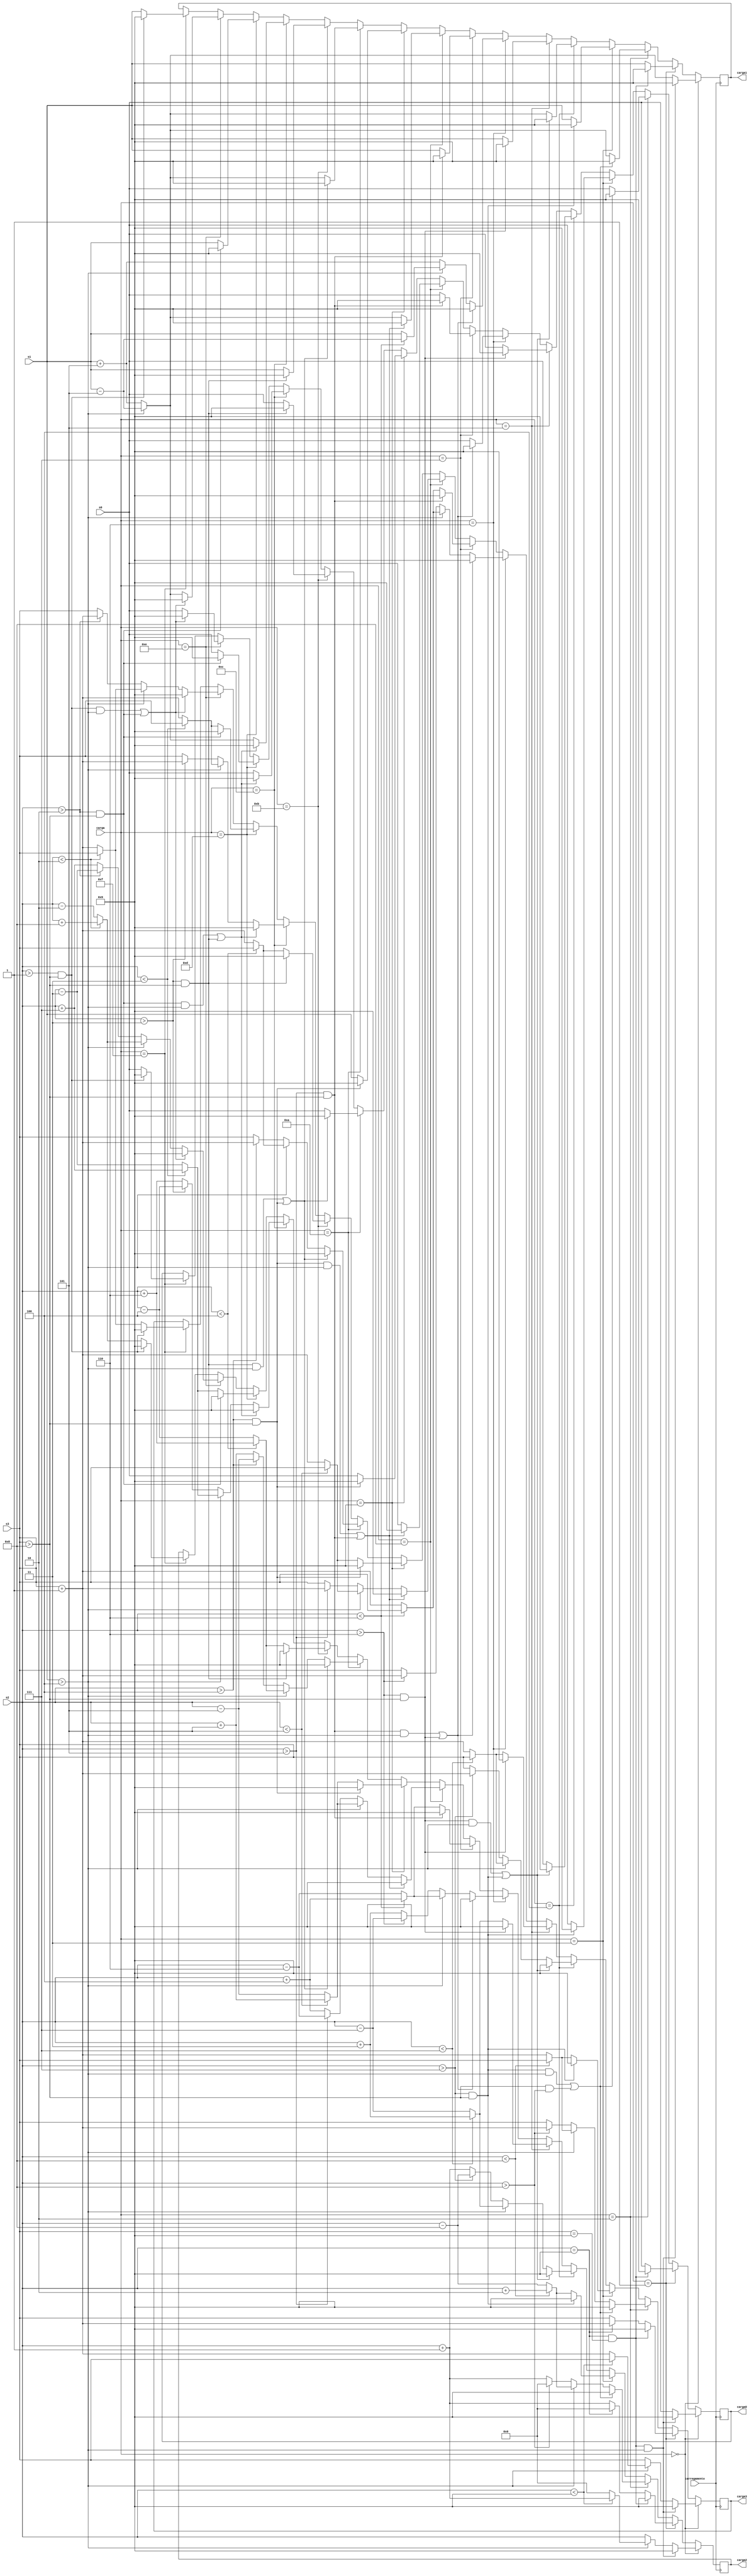
module chargin(carregamento,carga,carga0,carga1,carga2,carga3,s0,s1,s2,s3); //carga é a carga das chaves
	input [3:0] s0,s1,s2,s3,carga;
	output [3:0] carga0,carga1,carga2,carga3;
	input carregamento; 
		always @(posedge carregamento)
		begin
			if(carga==4'd0)
			begin
				if((s2==4'd9)&&(s3==4'd9)&&(s1>4'd4))
				begin
					carga0=4'd9;
					carga1=4'd9;
					carga2=4'd9;
					carga3=4'd9;
				end
				else
				begin
					if(s1>4'd4)
					begin
						carga1=s1-4'd5;
						if(s2<4'd9)
							begin
							carga0=s0;
							carga2=s2+4'd1;
							carga3=s3;
							end
						else
						begin
							carga0=s0;
							carga2=4'd0;
							carga3=s3+1;
						end 
					end
					
					else
					begin
						carga0=s0;
						carga1=s1+5;
						carga2=s2;
						carga3=s3;
					end
				end
			end
			else if(carga==4'd1)
			begin
				if((s2==4'd9)&&(s3==4'd9))
				begin
					carga0=4'd9;
					carga1=4'd9;
					carga2=4'd9;
					carga3=4'd9;
				end
				else
				begin
					if(s2==4'd9)
					begin
						carga1=s1;
						carga0=s0;
						carga2=4'd0;
						carga3=s3+4'd1;
					end
					else
					begin
						carga0=s0;
						carga1=s1;
						carga2=s2+1;
						carga3=s3;
					end 
				end
			end
			else if(carga==4'd2)
			begin
				if(((s2>4'd7)&&(s3>4'd8)&&(s1>4'd4))||(s3>8)&&(s2>8))
				begin
					carga0=4'd9;
					carga1=4'd9;
					carga2=4'd9;
					carga3=4'd9;
				end
				else
				begin
					if(s1>4'd4)
					begin
						carga1=s1-4'd5;
						if(s2<4'd8)
						begin
							carga0=s0;
							carga2=s2+4'd2;
							carga3=s3;
						end
						else
						begin
							carga0=s0;
							carga2=s2-4'd8;
							carga3=s3+1;
						end 
					end
				
					else
					begin
						if(s2>4'd8)
						begin
							carga0=s0;
							carga1=s1+5;
							carga2=4'd0;
							carga3=s3+1;
						end
						else
							begin
							carga0=s0;
							carga1=s1+5;
							carga2=s2+1;
							carga3=s3;
							end
					end
				end
			end
			else if(carga==4'd3)
			begin
				if((s2>4'd7)&&(s3>4'd8))
				begin
					carga0=4'd9;
					carga1=4'd9;
					carga2=4'd9;
					carga3=4'd9;
				end
				else
				begin
					if(s2<4'd8)
					begin
						carga0=s0;
						carga1=s1;
						carga2=s2+4'd2;
						carga3=s3;
					end
					else
					begin
						carga0=s0;
						carga1=s1;
						carga2=s2-4'd8;
						carga3=s3+1;
					end 
				end
			end
			else if(carga==4'd4)
			begin
				if((s2>4'd6)&&(s3>4'd8)&&(s1>4'd4)||(s3>4'd8)&&(s2>4'd7))
				begin
					carga0=4'd9;
					carga1=4'd9;
					carga2=4'd9;
					carga3=4'd9;
				end
				else
				begin
					if(s1>4'd4)
					begin
						carga1=s1-4'd5;
						if(s2<4'd7)
							begin
							carga0=s0;
							carga2=s2+4'd3;
							carga3=s3;
							end
						else
						begin
							carga0=s0;
							carga2=s2-4'd7;
							carga3=s3+1;
						end 
					end
				
					else
					begin
						if(s2>4'd7)
						begin
							carga0=s0;
							carga1=s1+5;
							carga2=s2-4'd8;
							carga3=s3+1;
						end
						else
							begin
							carga0=s0;
							carga1=s1+5;
							carga2=s2+1;
							carga3=s3;
							end
					end
				end
			end
			else if(carga==4'd5)
			begin
				if((s2>4'd6)&&(s3>4'd8))
				begin
					carga0=4'd9;
					carga1=4'd9;
					carga2=4'd9;
					carga3=4'd9;
				end
				else
				begin
					if(s2<4'd7)
					begin
						carga0=s0;
						carga1=s1;
						carga2=s2+4'd3;
						carga3=s3;
					end
					else
					begin
						carga0=s0;
						carga1=s1;
						carga2=s2-4'd7;
						carga3=s3+1;
					end 
				end
			end	
			else if(carga==4'd6)
			begin
				if((s2>4'd5)&&(s3>4'd8)&&(s1>4'd4)||(s3>4'd8)&&(s2>4'd6))
				begin
					carga0=4'd9;
					carga1=4'd9;
					carga2=4'd9;
					carga3=4'd9;
				end
				else
				begin
					if(s1>4'd4)
					begin
						carga1=s1-4'd5;
						if(s2<4'd6)
							begin
							carga0=s0;
							carga2=s2+4'd4;
							carga3=s3;
							end
						else
						begin
							carga0=s0;
							carga1=s1;
							carga2=s2-4'd6;
							carga3=s3+1;
						end 
					end
				
					else
					begin
						if(s2>4'd6)
						begin
							carga0=s0;
							carga1=s1+5;
							carga2=s2-4'd7;
							carga3=s3+1;
						end
						else
							begin
							carga0=s0;
							carga1=s1+5;
							carga2=s2+3;
							carga3=s3;
							end
					end
				end
			end	
			
			else if(carga==4'd7)
			begin
				if((s2>4'd5)&&(s3>4'd8))
				begin
					carga0=4'd9;
					carga1=4'd9;
					carga2=4'd9;
					carga3=4'd9;
				end
				else
				begin
					if(s2<4'd6)
					begin
						carga0=s0;
						carga1=s1;
						carga2=s2+4'd4;
						carga3=s3;
					end
					else
					begin
						carga0=s0;
						carga1=s1;
						carga2=s2-4'd6;
						carga3=s3+1;
					end 
				end
			end		
			else if(carga==4'd8)
			begin
				if((s2>4'd4)&&(s3>4'd8)&&(s1>4'd4)||(s3>4'd8)&&(s2>4'd5))
				begin
					carga0=4'd9;
					carga1=4'd9;
					carga2=4'd9;
					carga3=4'd9;
				end
				else
				begin
					if(s1>4'd4)
					begin
						carga1=s1-4'd5;
						if(s2<4'd5)
						begin
							carga0=s0;
							carga2=s2+4'd5;
							carga3=s3;
						end
						else
						begin
							carga0=s0;
							carga2=s2-4'd5;
							carga3=s3+1;
						end 
					end
				
					else
					begin
						if(s2>4'd5)
						begin
							carga0=s0;
							carga1=s1+5;
							carga2=s2-4'd6;
							carga3=s3+1;
						end
						else
							begin
							carga0=s0;
							carga1=s1+5;
							carga2=s2+4;
							carga3=s3;
							end
					end
				end
			end
			else if(carga==4'd9)
			begin
				if((s2>4'd4)&&(s3>4'd8))
				begin
					carga0=4'd9;
					carga1=4'd9;
					carga2=4'd9;
					carga3=4'd9;
				end
				else
				begin
					if(s2<4'd5)
					begin
						carga0=s0;
						carga1=s1;
						carga2=s2+4'd5;
						carga3=s3;
					end
					else
					begin
						carga0=s0;
						carga1=s1;
						carga2=s2-4'd5;
						carga3=s3+1;
					end 
				end
			end	
			else if(carga==4'd10)
			begin
				if((s2>4'd3)&&(s3>4'd8)&&(s1>4'd4)||(s3>4'd8)&&(s2>4'd4))
				begin
					carga0=4'd9;
					carga1=4'd9;
					carga2=4'd9;
					carga3=4'd9;
				end
				else
				begin
					if(s1>4'd4)
					begin
						carga1=s1-4'd5;
						if(s2<4'd4)
							begin
							carga0=s0;
							carga2=s2+4'd6;
							carga3=s3;
							end
						else
						begin
							carga0=s0;
							carga2=s2-4'd4;
							carga3=s3+1;
						end 
					end
				
					else
					begin
						if(s2>4'd4)
						begin
							carga0=s0;
							carga1=s1+5;
							carga2=s2-4'd5;
							carga3=s3+1;
						end
						else
							begin
							carga0=s0;
							carga1=s1+5;
							carga2=s2+5;
							carga3=s3;
							end
					end
				end
			end
			else if(carga==4'd11)
			begin
				if((s2>4'd3)&&(s3>4'd8))
				begin
					carga0=4'd9;
					carga1=4'd9;
					carga2=4'd9;
					carga3=4'd9;
				end
				else
				begin
					if(s2<4'd4)
					begin
						carga0=s0;
						carga1=s1;
						carga2=s2+4'd6;
						carga3=s3;
					end
					else
					begin
						carga0=s0;
						carga1=s1;
						carga2=s2-4'd4;
						carga3=s3+1;
					end 
				end
			end
			else if(carga==4'd12)
			begin
				if((s2>4'd2)&&(s3>4'd8)&&(s1>4'd4)||(s3>4'd8)&&(s2>4'd3))
				begin
					carga0=4'd9;
					carga1=4'd9;
					carga2=4'd9;
					carga3=4'd9;
				end
				else
				begin
					if(s1>4'd4)
					begin
						carga1=s1-4'd5;
						if(s2<4'd3)
						begin
							carga0=s0;
							carga2=s2+4'd7;
							carga3=s3;
						end
						else
						begin
							carga0=s0;
							carga2=s2-4'd3;
							carga3=s3+1;
						end 
					end
				
					else
					begin
						if(s2>4'd3)
						begin
							carga0=s0;
							carga1=s1+5;
							carga2=s2-4'd4;
							carga3=s3+1;
						end
						else
							begin
							carga0=s0;
							carga1=s1+5;
							carga2=s2+6;
							carga3=s3;
							end
					end
				end
			end
			else if(carga==4'd13)
			begin
				if((s2>4'd2)&&(s3>4'd8))
				begin
					carga0=4'd9;
					carga1=4'd9;
					carga2=4'd9;
					carga3=4'd9;
				end
				else
				begin
					if(s2<4'd3)
					begin
						carga0=s0;
						carga1=s1;
						carga2=s2+4'd7;
						carga3=s3;
					end
					else
					begin
						carga0=s0;
						carga1=s1;
						carga2=s2-4'd3;
						carga3=s3+1;
					end 
				end
			end
			else if(carga==4'd14)
			begin
				if((s2>4'd1)&&(s3>4'd8)&&(s1>4'd4)||(s3>4'd8)&&(s2>4'd2))
				begin
					carga0=4'd9;
					carga1=4'd9;
					carga2=4'd9;
					carga3=4'd9;
				end
				else
				begin
					if(s1>4'd4)
					begin
						carga1=s1-4'd5;
						if(s2<4'd2)
						begin
							carga0=s0;
							carga2=s2+4'd8;
							carga3=s3;
						end
						else
						begin
							carga0=s0;
							carga2=s2-4'd2;
							carga3=s3+1;
						end 
					end
				
					else
					begin
						if(s2>4'd2)
						begin
							carga0=s0;
							carga1=s1+5;
							carga2=s2-4'd3;
							carga3=s3+1;
						end
						else
							begin
							carga0=s0;
							carga1=s1+5;
							carga2=s2+7;
							carga3=s3;
							end
					end
				end
			end
			else if(carga==4'd15)
			begin
				if((s2>4'd1)&&(s3>4'd8))
				begin
					carga0=4'd9;
					carga1=4'd9;
					carga2=4'd9;
					carga3=4'd9;
				end
				else
				begin
					if(s2<4'd2)
					begin
						carga0=s0;
						carga1=s1;
						carga2=s2+4'd8;
						carga3=s3;
					end
					else
					begin
						carga0=s0;
						carga1=s1;
						carga2=s2-4'd2;
						carga3=s3+1;
					end 
				end
			end
	end
endmodule